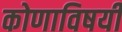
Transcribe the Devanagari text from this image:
कोणाविषयी